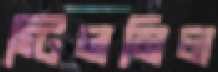
স্টিলমিল